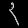
Digit: ၃